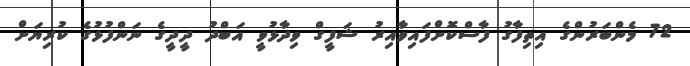
72 މެންބަރުންގެ އިތިފާގު ފާސްކޮށްފައިވާއިރު ޝަފީގް ވިދާޅުވީ އަބްދު ދީދީގެ ނަންފުޅުގެ ކުރިޔަށް